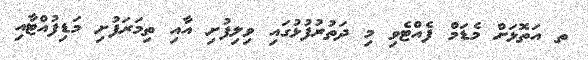
ތ އަތޮޅަށް މެޑަމް ފެއްޓެވި މި ދަތުރުފުޅުގައި ވިލިފުށި އާއި ތިމަރަފުށި މަޑިފުއްޓާއި